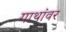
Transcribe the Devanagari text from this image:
गाथांवर